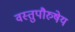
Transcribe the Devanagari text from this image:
वस्तुपौरुषेय